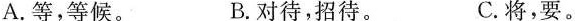
A.等，等候。 B.对待，招待。 C.将，要。